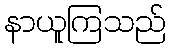
နာယူကြသည်